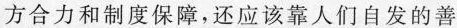
方合力和制度保障，还应该靠人们自发的善